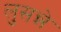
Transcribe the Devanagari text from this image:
लुसन्ने